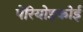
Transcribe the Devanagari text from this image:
पेरियोइकोई